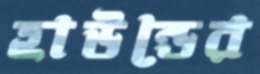
হাউন্ডের